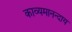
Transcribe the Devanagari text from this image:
काव्यमानन्दाय